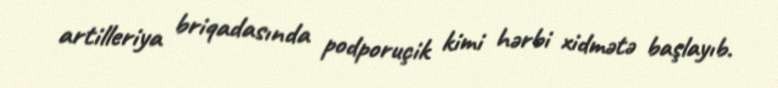
artilleriya briqadasında podporuçik kimi hərbi xidmətə başlayıb.